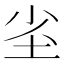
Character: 𭎇